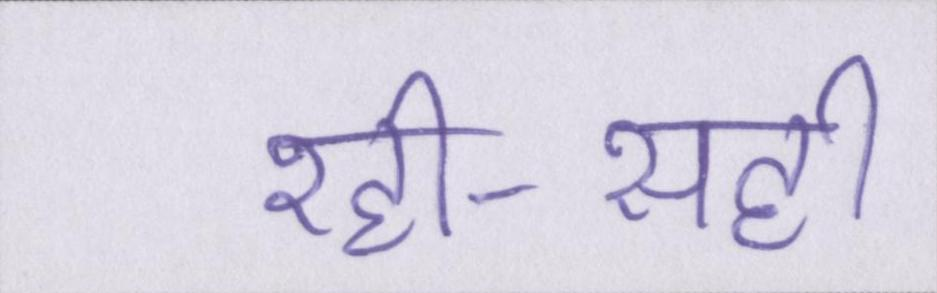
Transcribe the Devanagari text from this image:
रही-सही